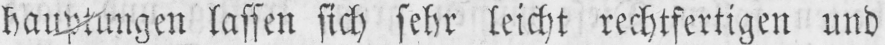
hauptungen lassen sich sehr leicht rechtfertigen und